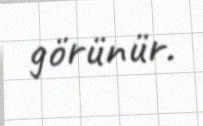
görünür.